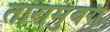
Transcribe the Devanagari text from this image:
तारामुंबरी